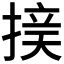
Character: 𱠝